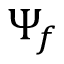
\Psi _ { f }